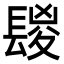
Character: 𨲔